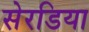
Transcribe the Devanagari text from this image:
सेरडिया